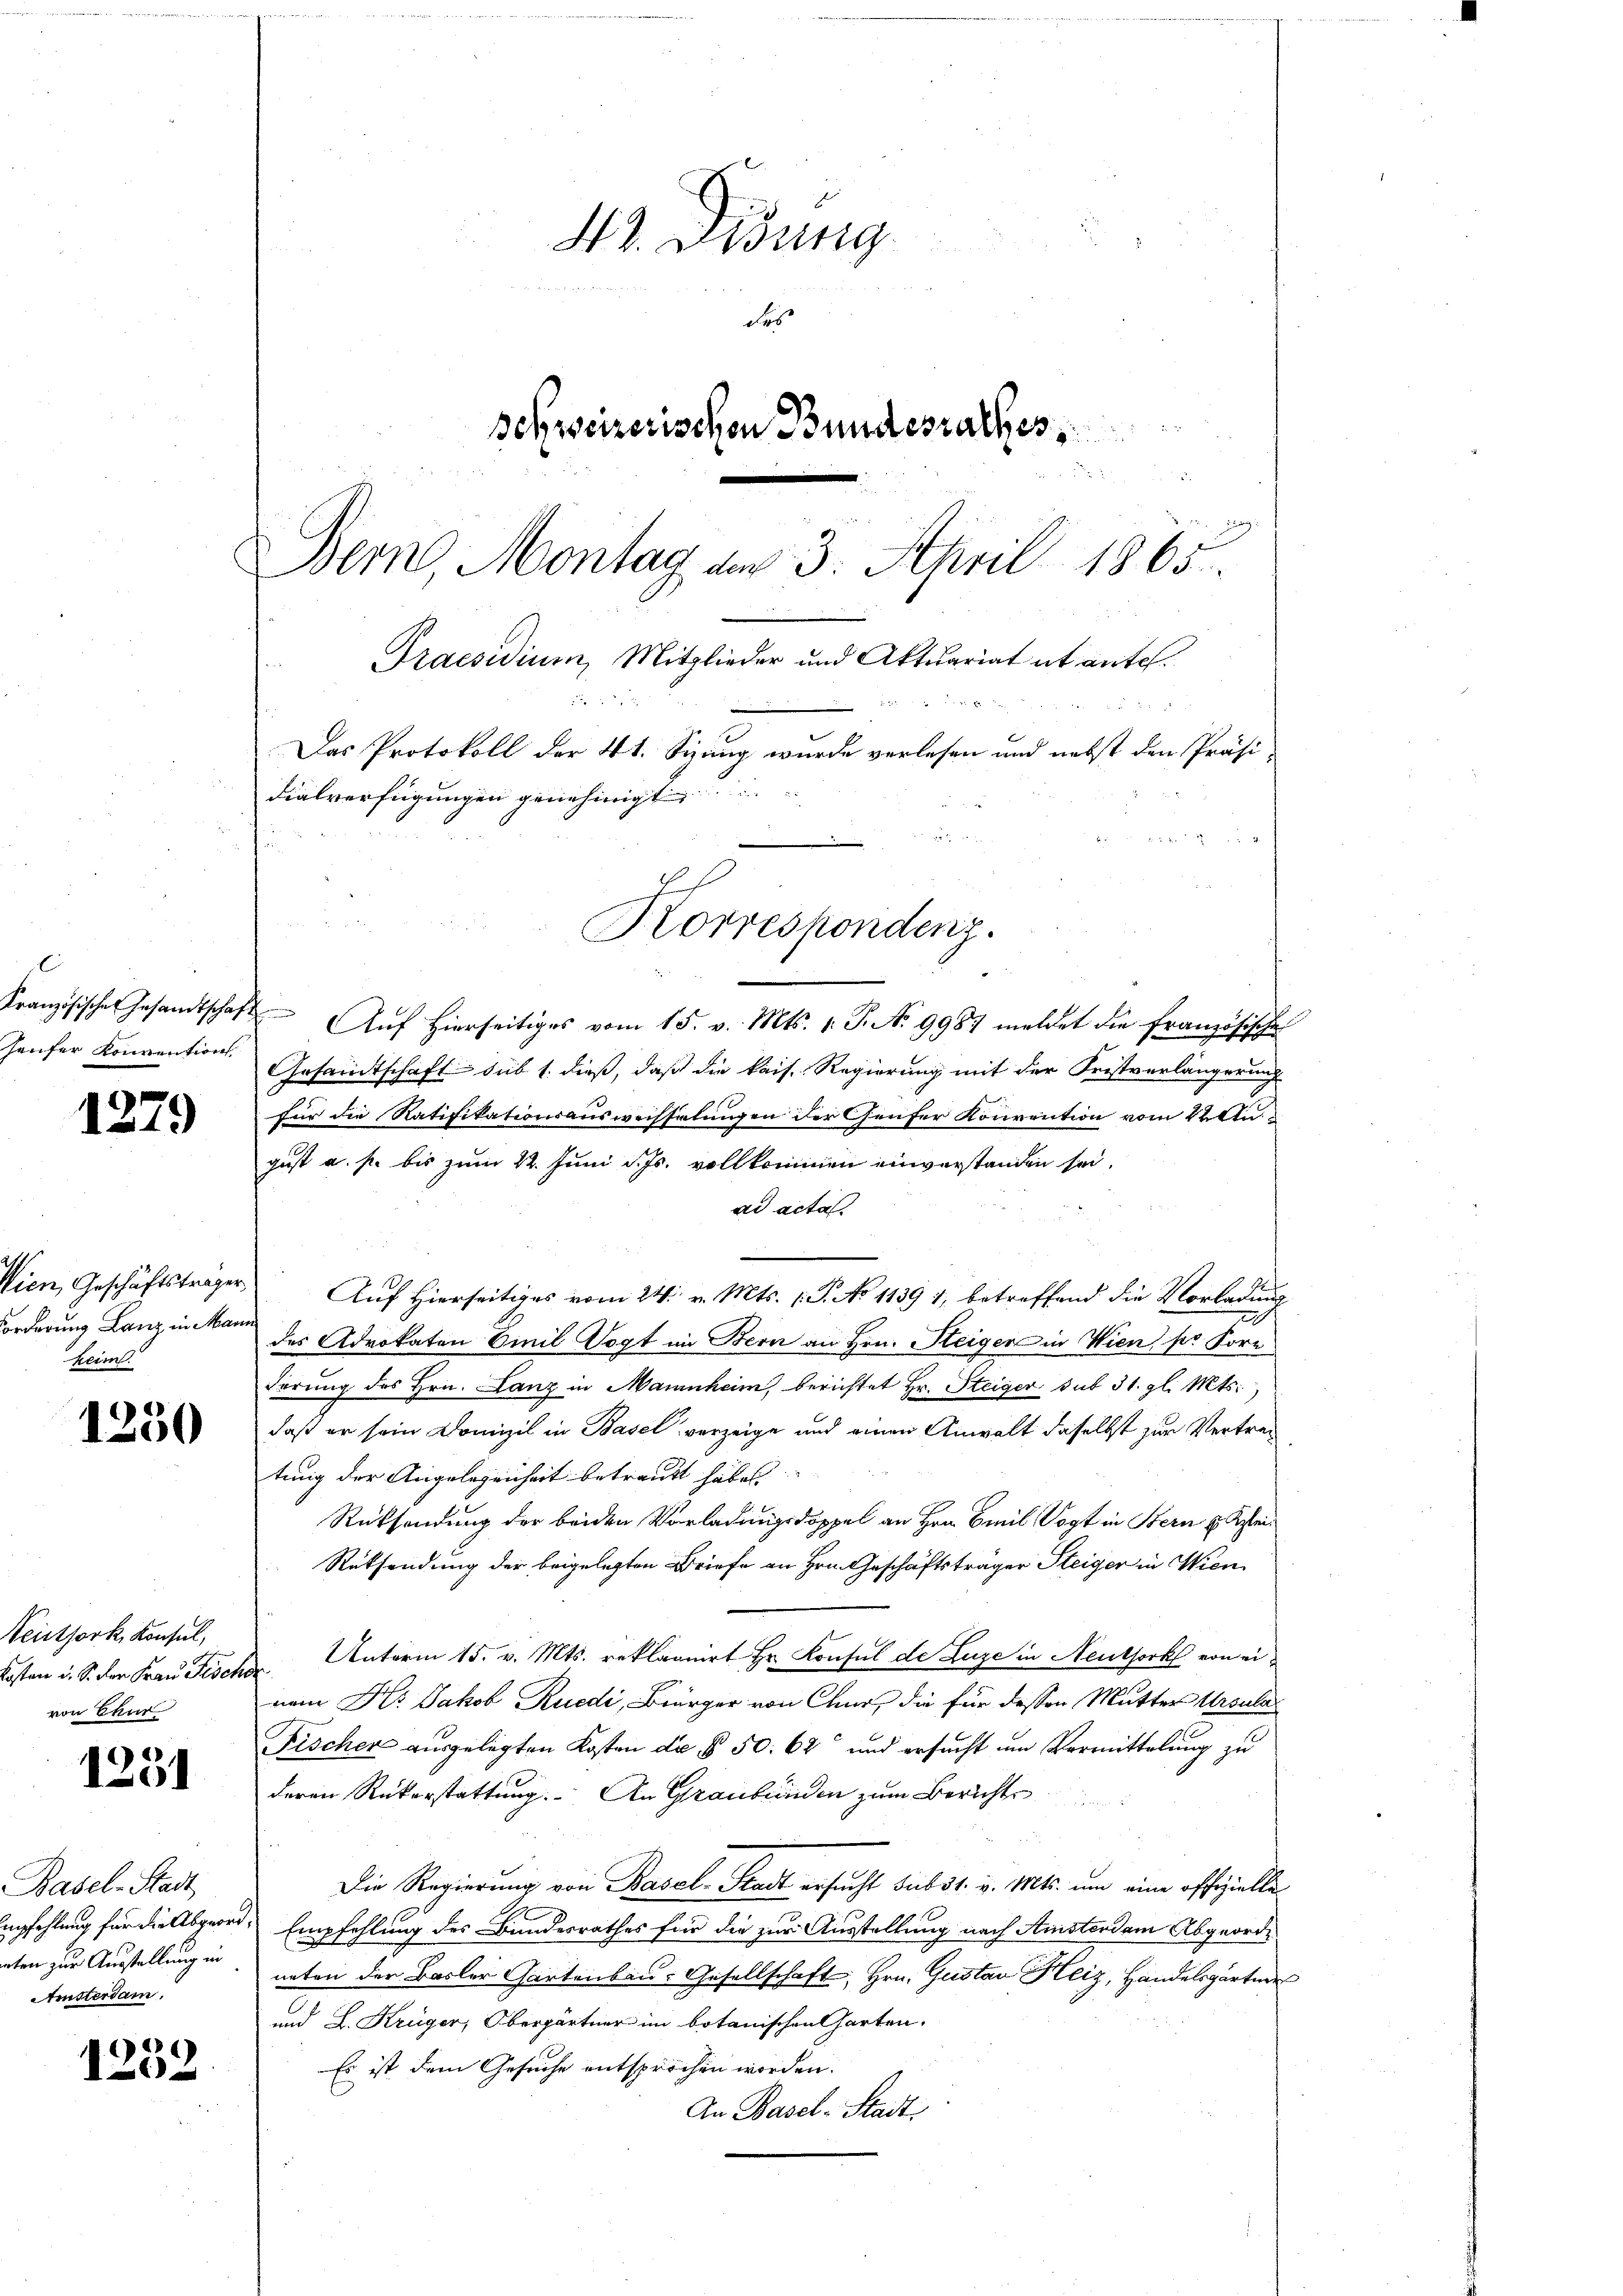
haufer Konvention

1279

Forderung Lanz in Mann
keim.

1250

Veitfork, Konsul,
von Chur

1251

Basel-Stadt
rten zur Ausstellung in
nisterdam.

1239

43. Didung
des
Sehweizerischen Bundesrathes
3
Bern, Montag am 3. April 1865.
Praesidium, Mitglieder und Aktuariat ab antel.

Das Protokoll der 4t. Sizung wurde verlesen und nebst den Präsi-
dialverfügungen genehmigt.
i

Französischer Gesamtschaft Auf hierseitiges vom 15. v. Mts. v. P. No 9987 meldet die Französischen
Gesandtschaft sub 1. dieß, daß die kais. Regierung mit der Fristverlängerung
für die Ratifikationsauswechselungen der Genfer Konvention vom 22 Stu
gust a. p. bis zum 22. Juni d. Js. vollkommen einverstanden sei.
ad acta.
Wien, Geschäftsträger Auf Hierseitiges vom 24. v. Mts. 1 P. No 1139 1, betreffend die Vorladung
des Advokaten Emil Vogt im Bern an Hrn. Heiger in Wien, pr Korr
derung des Hrn. Lanz in Mammheim, berichtet Hr. Steiger sub 31. gl. Mts.
daß er sein Domizil in Basel vorzeige und einen Anwalt daselbst zur Vertretung der Angelegenheit betraubt haben.
Rücksendung der beiden Vorladungsdoppel an Hrn. Emil Vogt in Bern u. Klei¬
Rüksendung der beigelegten Briefe an Hrn. Geschäftsträger Steiger in Wien
östen u. S. der Frau Tischer Unterm 15. v. Mts. reklaonirt Hr. Konsul de Luze in Neuthork von einem Hr. Jakob Rüedi, Bürger von Chur, die für dessen Mutter Ursula
Fischer ausgelegten Kosten da § 50. 62 und ersucht um Vermittelung zu
deren Rükerstattung. An Graubünden zum Berichte
Die Regierung von Basel-Stadt ersucht sub 31. v. Mts. um eine offizielle
mpfehlung für die Abgeord, Empfehlung des Bundesrathes für die zur Ausstellung nach Amsterdam Abgeordneten der Basler Gartenber: Gesellschaft, Hrn. Gustav Heiz, Handelsgartner
und L. Krüger, Obergärtner im botanischen Charten.
Es ist dem Gesuche entsprochen worden.
An Basel-Stadt.

Korrespondenz.